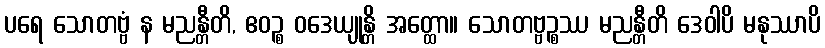
ပရေ သောတဗ္ဗံ န မညန္တီတိ, ဧဝဉ္စ ဝဒေယျုန္တိ အတ္ထော။ သောတဗ္ဗဉ္စဿ မညန္တီတိ ဒေဝါပိ မနုဿာပိ